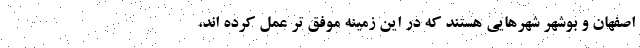
اصفهان و بوشهر شهرهایی هستند که در این زمینه موفق تر عمل کرده اند،